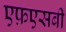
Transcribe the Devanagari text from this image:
एफ़एसबी